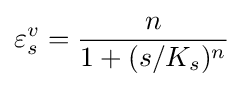
\varepsilon _{s}^{v}={\frac {n}{1+(s/K_{s})^{n}}}